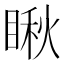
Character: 瞅